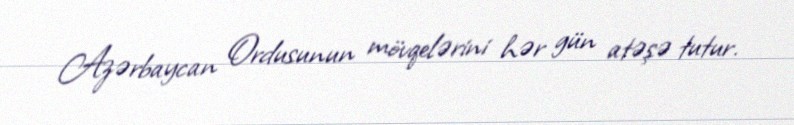
Azərbaycan Ordusunun mövqelərini hər gün atəşə tutur.